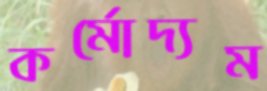
কর্মোদ্যম